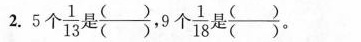
2.5个\frac{1}{13} 是\frac{（）}{（）}。9个 \frac{1}{18}是\frac{（）}{（）} 。